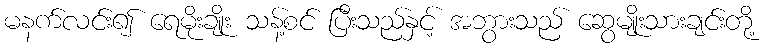
မနက်လင်း၍ ရေမိုးချိုး သန့်စင် ပြီးသည်နှင့် အဘွားသည် ဆွေမျိုးသားချင်းတို့